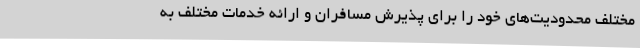
مختلف محدودیت‌های خود را برای پذیرش مسافران و ارائه خدمات مختلف به